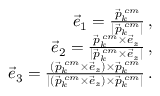
\begin{array} { r l r } & { } & { \vec { e } _ { 1 } = \frac { \vec { p } _ { k } ^ { \; c m } } { | \vec { p } _ { k } ^ { \; c m } | } \, , } \\ & { } & { \vec { e } _ { 2 } = \frac { \vec { p } _ { k } ^ { \; c m } \times \vec { e } _ { z } } { | \vec { p } _ { k } ^ { \; c m } \times \vec { e } _ { z } | } \, , } \\ & { } & { \vec { e } _ { 3 } = \frac { ( \vec { p } _ { k } ^ { \; c m } \times \vec { e } _ { z } ) \times \vec { p } _ { k } ^ { \; c m } } { | ( \vec { p } _ { k } ^ { \; c m } \times \vec { e } _ { z } ) \times \vec { p } _ { k } ^ { \; c m } | } \, . } \end{array}